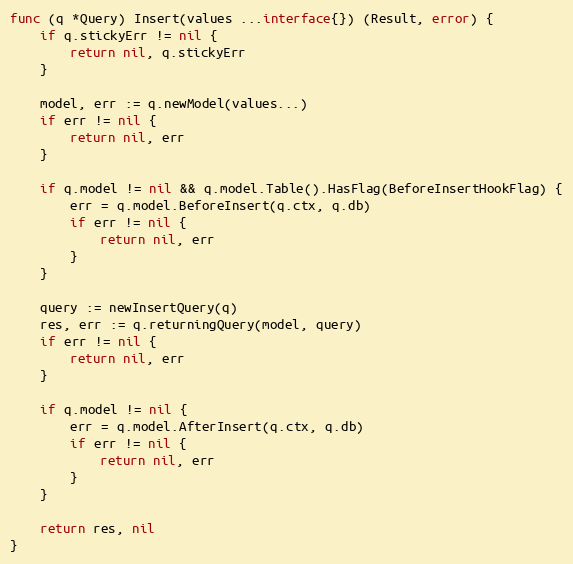
Language: Go
func (q *Query) Insert(values ...interface{}) (Result, error) {
	if q.stickyErr != nil {
		return nil, q.stickyErr
	}

	model, err := q.newModel(values...)
	if err != nil {
		return nil, err
	}

	if q.model != nil && q.model.Table().HasFlag(BeforeInsertHookFlag) {
		err = q.model.BeforeInsert(q.ctx, q.db)
		if err != nil {
			return nil, err
		}
	}

	query := newInsertQuery(q)
	res, err := q.returningQuery(model, query)
	if err != nil {
		return nil, err
	}

	if q.model != nil {
		err = q.model.AfterInsert(q.ctx, q.db)
		if err != nil {
			return nil, err
		}
	}

	return res, nil
}